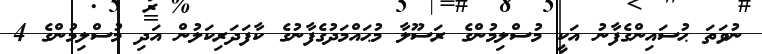
ނުވަތަ ޙުސައިންގެފާނު އަކީ މުސްލިމުންގެ ރަސޫލާ މުޙައްމަދުގެފާނުގެ ކާފަދަރިކަލުން އަދި މުސްލިމުންގެ 4